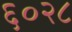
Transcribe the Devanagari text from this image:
६०२८